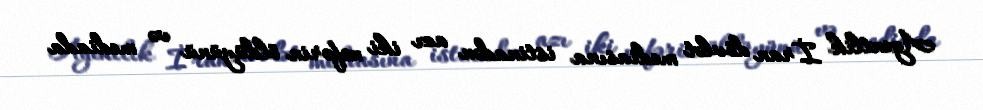
Agentlik İran dövlət mediasına istinadən azı iki nəfərin öldüyünü və mediada